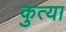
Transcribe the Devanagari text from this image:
कुत्या